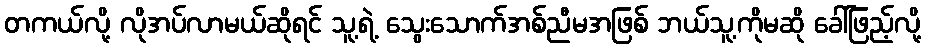
တကယ်လို့ လိုအပ်လာမယ်ဆိုရင် သူ့ရဲ့ သွေးသောက်အစ်ညီမအဖြစ် ဘယ်သူ့ကိုမဆို ခေါ်ဖြည့်လို့